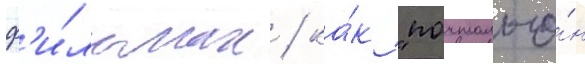
ф'и́льмах / ка́к "почтальо́н